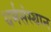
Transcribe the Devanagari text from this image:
धर्मसंस्थान